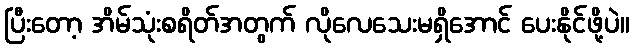
ပြီးတော့ အိမ်သုံးစရိတ်အတွက် လိုလေသေးမရှိအောင် ပေးနိုင်ဖို့ပဲ။